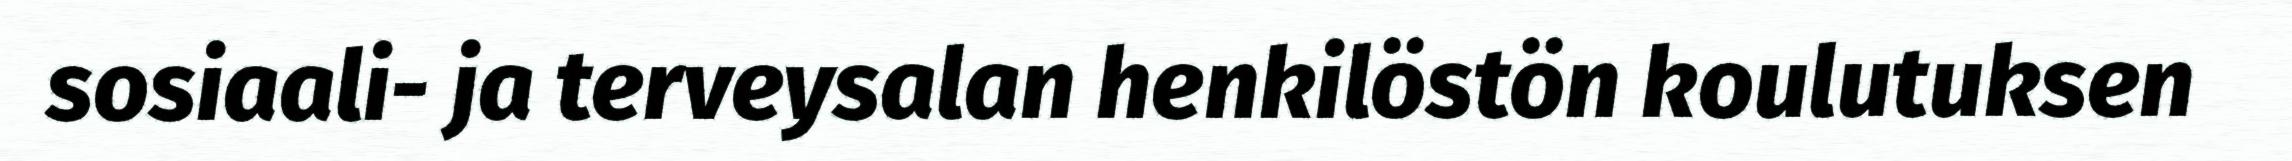
sosiaali- ja terveysalan henkilöstön koulutuksen